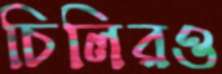
চিলিরও